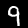
Label: 9